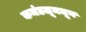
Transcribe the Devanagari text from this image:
कमंडलूमधून